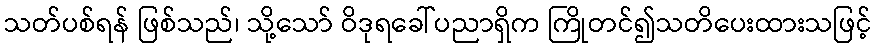
သတ်ပစ်ရန် ဖြစ်သည်၊ သို့သော် ဝိဒုရခေါ်ပညာရှိက ကြိုတင်၍သတိပေးထားသဖြင့်